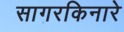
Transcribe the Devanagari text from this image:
सागरकिनारे